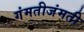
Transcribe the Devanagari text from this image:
गंमतीजंमती